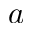
a